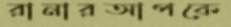
রানারআপকে